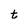
Character: t